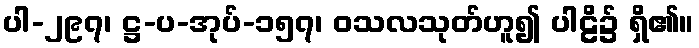
ပါ-၂၉၇၊ ဋ္ဌ-ပ-အုပ်-၁၅၇၊ ဝသလသုတ်ဟူ၍ ပါဠိ၌ ရှိ၏။